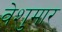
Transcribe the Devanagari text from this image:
वेशुमार